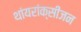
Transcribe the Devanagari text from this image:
थांयरांक्सीजन